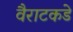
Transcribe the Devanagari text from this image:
वैराटकडे